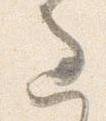
過